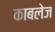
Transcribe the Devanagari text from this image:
काबलेज